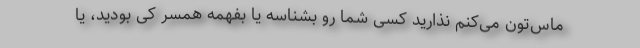
ماس‌تون می‌کنم نذارید کسی شما رو بشناسه یا بفهمه همسر کی بودید، یا